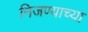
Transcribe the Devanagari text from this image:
निजण्याच्या